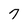
Character: 7